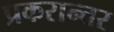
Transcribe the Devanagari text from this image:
प्रकरान्तर